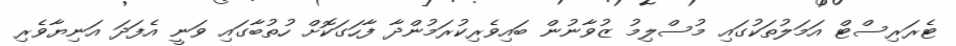
ޓެރަރިސްޓް އަމަލުތަކުގައި މުސްލިމު ޒުވާނުން ބައިވެރިކުރަމުންދާ ފާހަގަކޮށް ހުތުބާގައި ވަނީ އެފަދަ އަނިޔާވެރި